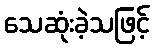
သေဆုံးခဲ့သဖြင့်